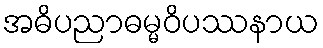
အဓိပညာဓမ္မဝိပဿနာယ